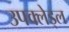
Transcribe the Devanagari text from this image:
उपक्लेड्ल